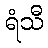
ရံသီ